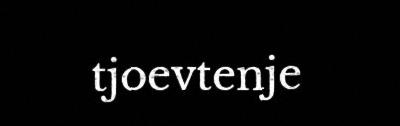
tjoevtenje